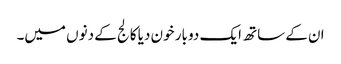
ان کے ساتھ ایک دو بار خون دیا کالج کے دنوں میں۔